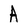
Character: A